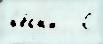
п'е́сн'и   С